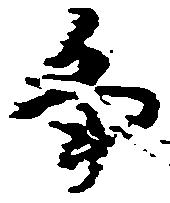
畠